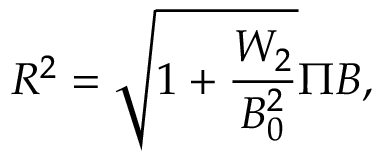
R ^ { 2 } = \sqrt { 1 + \frac { W _ { 2 } } { B _ { 0 } ^ { 2 } } } \Pi B ,